Lunatic asylums Punjab 1911-1921 - 1911-1921
Year: 1911
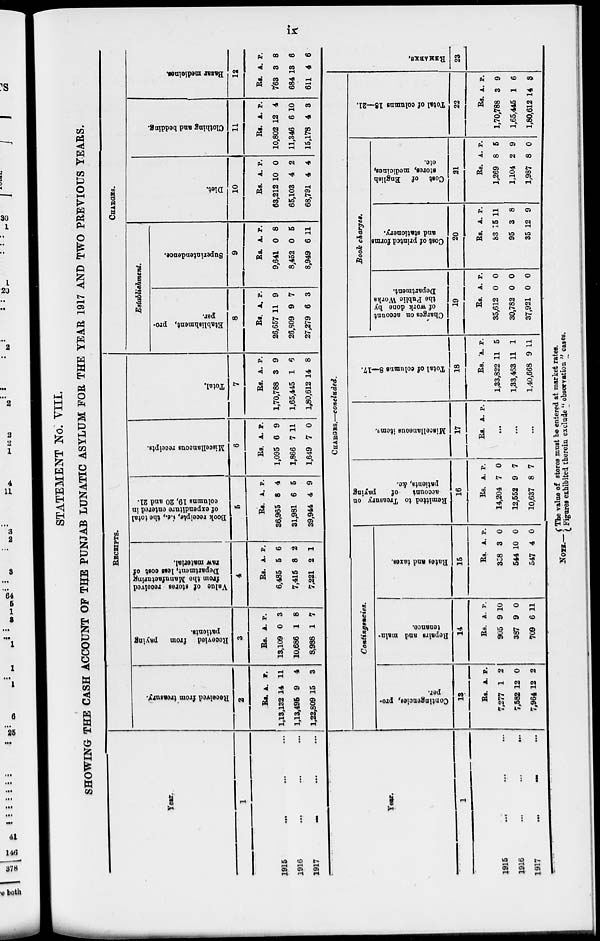
ix
STATEMENT No. VIII.
SHOWING THE CASH ACCOUNT OF THE PUNJAB LUNATIC ASYLUM FOR THE YEAR 1917 AND TWO PREVIOUS YEARS.
Year.
1
1915 ... ... ...
1916 ... ... ...
1917 ... ... ...
RECEIPTS.
Received from treasury.
2
Rs.
1,13,132
1,13,495
1,22,809
A.
14
9
15
P.
11
4
3
Recevied
from
paying
patients.
3
Rs.
13,109
10,686
8,988
A.
0
1
1
P.
3
8
7
Value of stores received
from the Manufacturing
Department, less cost of
raw material.
4
Rs.
6,485
7,415
7,221
A.
5
8
2
P.
6
2
1
Book receipts,
i.e., the total
of expenditure entered in
columns 19, 20 and 21.
5
Rs.
36,965
31,981
39,944
A.
8
6
4
P.
4
5
9
Miscellaneous receipts.
6
Rs.
1,095
1,866
1,649
A.
6
7
7
P.
9
11
0
Total.
7
Rs.
1,70,788
1,65,445
1,80,612
A.
3
1
14
P.
9
6
8
CHARGES.
Establishment.
Establishment, pro-
per.
8
Rs.
26,657
26,809
27,279
A.
11
9
6
P.
9
7
3
Superintendence.
9
Rs.
9,641
8,452
8,949
A.
0
0
6
P.
8
5
11
Diet.
10
Rs.
63,212
65,103
68,791
A.
10
4
4
P.
0
2
4
Clothing and bedding.
11
Rs.
10,802
11,346
15,178
A.
12
6
4
P.
4
10
3
Bazar medicines.
12
Rs.
763
684
611
A.
3
13
4
P.
8
6
6
Year.
1
1915 ... ... ...
1916
...
...
...
1917
...
...
...
CHARGES.—concluded.
Contingencies.
Contingencies, pro-
per.
13
Rs.
7,277
7,582
7,964
A.
1
12
12
P.
2
0
2
Repairs and main-
tenance.
14
Rs.
905
387
709
A.
9
9
6
P.
10
0
11
Rates
and taxes.
15
Rs.
358
544
547
A.
3
10
4
P.
0
0
0
Remitted to Treasury on
account of
paying
patients, &c.
16
Rs.
14,204
12,552
10,637
A.
7
9
8
P.
0
7
7
Miscellaneous items.
17
Rs. A. P.
...
...
...
Total of columns 8—17.
18
Rs.
1,33,822
1,33,463
1,40,668
A.
11
11
9
P.
5
1
11
Book charges.
Charges on account
of work done by
the Public Works
Department.
19
Rs.
35,612
30,782
37,921
A.
0
0
0
P.
0
0
0
Cost of printed forms
and stationery.
20
Rs.
83
95
35
A.
15
3
12
P.
11
8
9
Cost of English
stores, medicines,
etc.
21
Rs.
1,269
1,104
1,987
A.
8
2
8
P.
5
9
0
Total of columns 18—21.
22
Rs.
1,70,788
1,65,445
1,80,612
A.
3
1
14
P.
9
6
8
REMARKS.
23
NOTE.—
The value of stores must be entered at market rates.
Figures exhibited therein exclude "observation " cases.